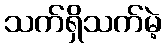
သက်ရှိသက်မဲ့